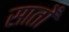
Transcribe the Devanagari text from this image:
सातोँ